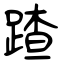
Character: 蹅